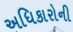
અધિકારોની